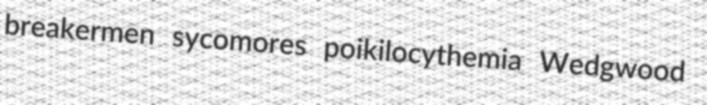
breakermen sycomores poikilocythemia Wedgwood